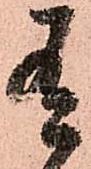
有